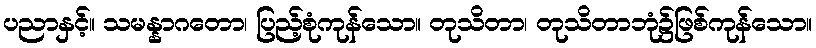
ပညာနှင့်။ သမန္နာဂတော၊ ပြည့်စုံကုန်သော။ တုသိတာ၊ တုသိတာဘုံ၌ဖြစ်ကုန်သော။